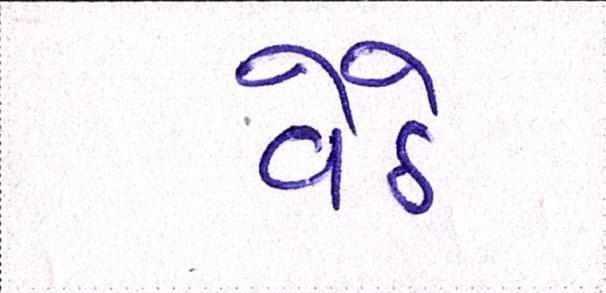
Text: વેઠે